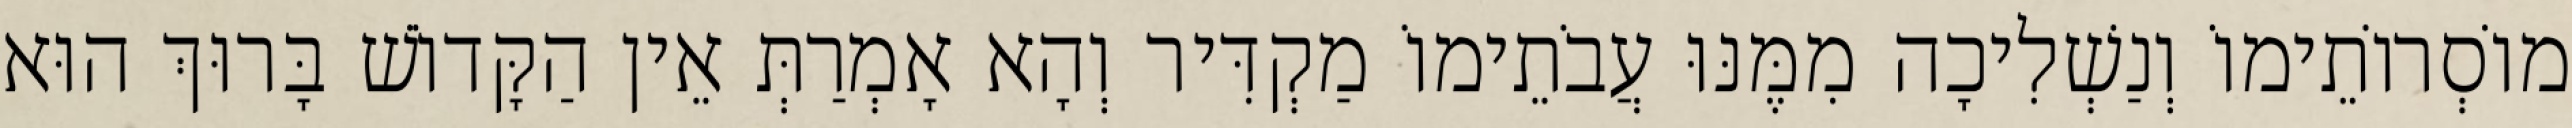
מוֹסְרוֹתֵימוֹ וְנַשְׁלִיכָה מִמֶּנּוּ עֲבֹתֵימוֹ מַקְדִּיר וְהָא אָמְרַתְּ אֵין הַקָּדוֹשׁ בָּרוּךְ הוּא